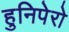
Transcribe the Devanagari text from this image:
हुनिपेरो